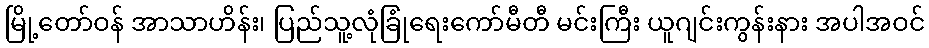
မြို့တော်ဝန် အာသာဟိန်း၊ ပြည်သူ့လုံခြုံရေးကော်မီတီ မင်းကြီး ယူဂျင်းကွန်းနား အပါအဝင်